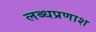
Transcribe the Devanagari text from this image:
लब्धप्रणाश